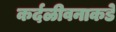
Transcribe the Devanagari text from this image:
कर्दळीवनाकडे